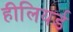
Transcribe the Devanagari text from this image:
हीलियर्ड